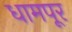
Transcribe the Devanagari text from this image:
धामपूर